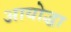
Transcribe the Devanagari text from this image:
आयोद्धा